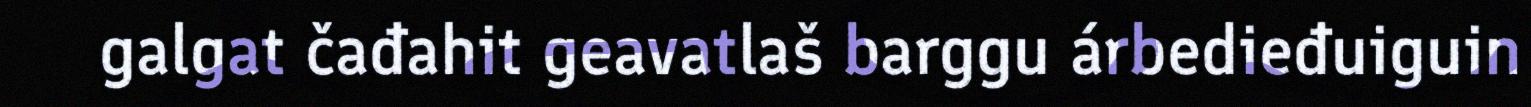
galgat čađahit geavatlaš barggu árbedieđuiguin